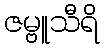
ဇမ္ဗူသီရိ